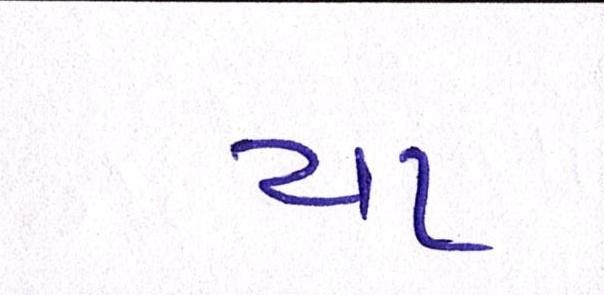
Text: યા